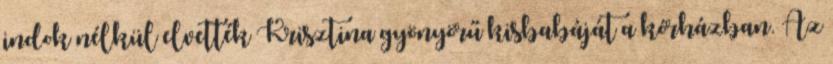
indok nélkül elvették Krisztina gyönyörű kisbabáját a kórházban. Az